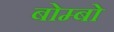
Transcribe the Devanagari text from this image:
बोम्बो